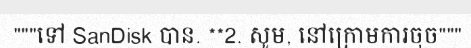
"""ទៅ SanDisk បាន. **2. សូម, នៅក្រោមការចុច"""